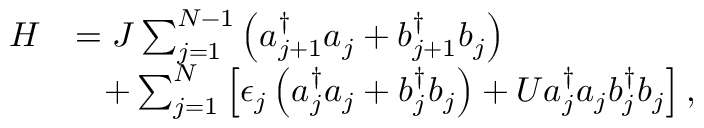
\begin{array} { r l } { H } & { = J \sum _ { j = 1 } ^ { N - 1 } \left( a _ { j + 1 } ^ { \dagger } a _ { j } + b _ { j + 1 } ^ { \dagger } b _ { j } \right) } \\ & { \, \, \, \, \, + \sum _ { j = 1 } ^ { N } \left[ \epsilon _ { j } \left( a _ { j } ^ { \dagger } a _ { j } + b _ { j } ^ { \dagger } b _ { j } \right) + U a _ { j } ^ { \dagger } a _ { j } b _ { j } ^ { \dagger } b _ { j } \right] , } \end{array}